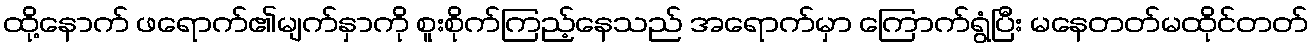
ထို့နောက် ဖရောက်၏မျက်နှာကို စူးစိုက်ကြည့်နေသည် အရောက်မှာ ကြောက်ရွံပြီး မနေတတ်မထိုင်တတ်